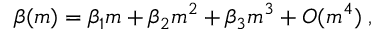
\beta ( m ) = \beta _ { 1 } m + \beta _ { 2 } m ^ { 2 } + \beta _ { 3 } m ^ { 3 } + O ( m ^ { 4 } ) \; ,